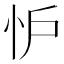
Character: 𢗼